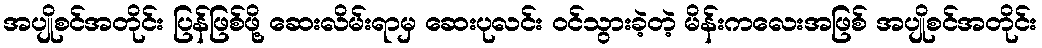
အပျိုစင်အတိုင်း ပြန်ဖြစ်ဖို့ ဆေးလိမ်းရာမှ ဆေးပုလင်း ဝင်သွားခဲ့တဲ့ မိန်းကလေးအဖြစ် အပျိုစင်အတိုင်း